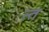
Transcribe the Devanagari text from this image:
न्त